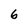
Character: 6